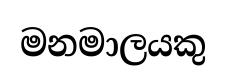
මනමාලයකු